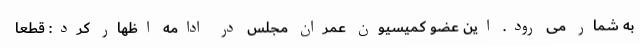
به شمار می رود. این عضو کمیسیون عمران مجلس در ادامه اظهار کرد: قطعا